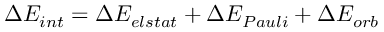
\Delta E _ { i n t } = \Delta E _ { e l s t a t } + \Delta E _ { P a u l i } + \Delta E _ { o r b }